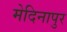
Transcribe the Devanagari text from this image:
मेदिनापुर